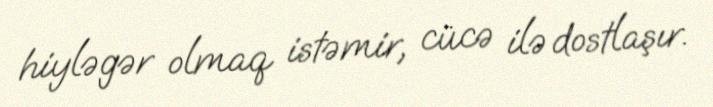
hiyləgər olmaq istəmir, cücə ilə dostlaşır.